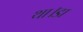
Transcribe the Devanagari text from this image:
था।डा